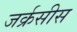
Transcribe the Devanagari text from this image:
जर्क्रसीस